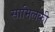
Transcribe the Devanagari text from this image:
सामिलकी